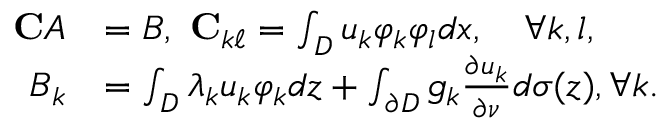
\begin{array} { r l } { { \bf C } A } & { = B , ~ { \bf C } _ { k \ell } = \int _ { D } u _ { k } \varphi _ { k } \varphi _ { l } d x , \quad \forall k , l , } \\ { B _ { k } } & { = \int _ { D } \lambda _ { k } u _ { k } \varphi _ { k } d z + \int _ { \partial D } g _ { k } \frac { \partial u _ { k } } { \partial \nu } d \sigma ( z ) , \forall k . } \end{array}